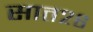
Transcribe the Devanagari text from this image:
सात२६